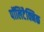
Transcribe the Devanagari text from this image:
पॉलिटैक्निक